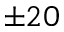
\pm 2 0